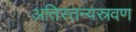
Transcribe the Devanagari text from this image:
अतिस्तन्यस्रवण